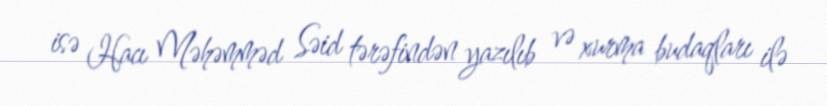
isə Hacı Məhəmməd Səid tərəfindən yazılıb və xurma budaqları ilə